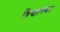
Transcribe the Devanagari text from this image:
विश्वात्मकता